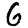
Digit: 6